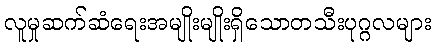
လူမှုဆက်ဆံရေးအမျိုးမျိုးရှိသောတသီးပုဂ္ဂလများ